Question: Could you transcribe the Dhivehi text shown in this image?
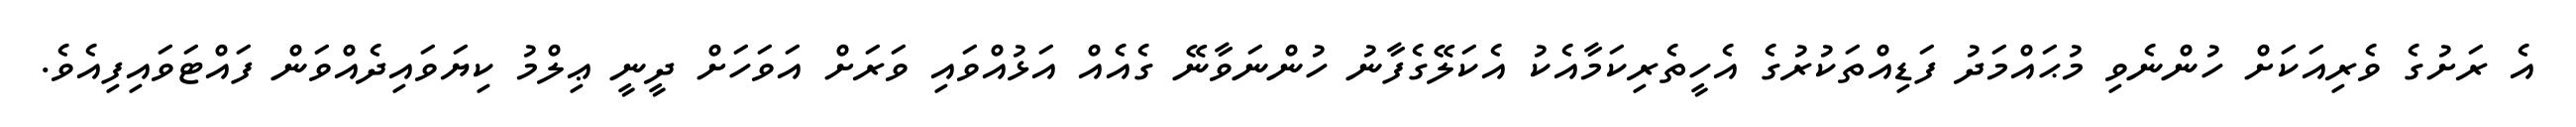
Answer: އެ ރަށުގެ ވެރިއަކަށް ހުންނެވި މުޙައްމަދު ފަޑިއްތަކުރުގެ އެހީތެރިކަމާއެކު އެކަލޭގެފާނު ހުންނަވާނޭ ގެއެއް އަޅުއްވައި ވަރަށް އަވަހަށް ދީނީ ޢިލްމު ކިޔަވައިދެއްވަން ފައްޓަވައިފިއެވެ.